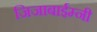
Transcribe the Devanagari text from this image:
जिजाबाईम्नी